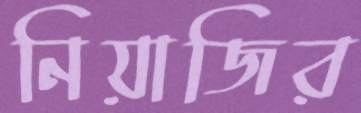
নিয়াজির